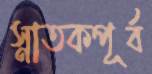
স্নাতকপূর্ব